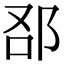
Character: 𨚨